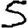
Digit: 5